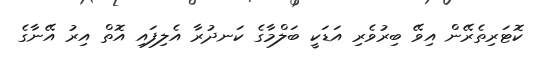
ކޮޓަރިތެރޭން އިވޭ ބިރުވެރި އަޑަކީ ބަލްމާގެ ކަނދުރާ އެލިފައި އޮތް އިރު އޭނާގެ